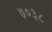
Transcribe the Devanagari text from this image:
७०३८